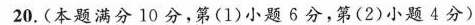
20.(本题满分10分，第(1)小题6分，第(2)小题4分)